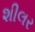
શીલર